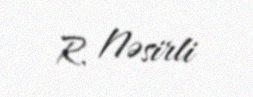
R. Nəsirli